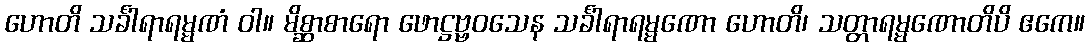
ဟောတိ သင်္ခါရာရမ္မဏံ ဝါ။ မိစ္ဆာစာရော ဖောဋ္ဌဗ္ဗဝသေန သင်္ခါရာရမ္မဏော ဟောတိ၊ သတ္တာရမ္မဏောတိပိ ဧကေ။